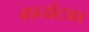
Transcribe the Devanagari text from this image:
कार्नाटका